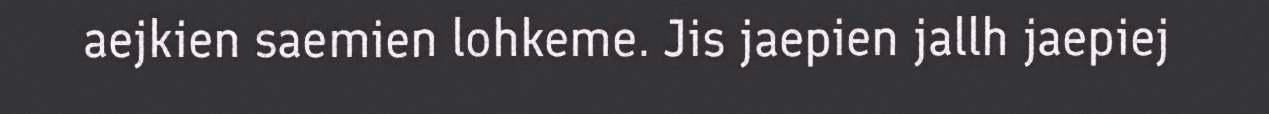
aejkien saemien lohkeme. Jis jaepien jallh jaepiej